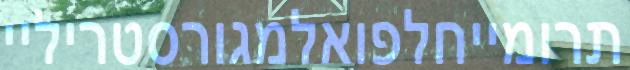
תרומייחלפואלמגורסטריליי